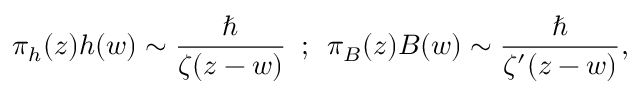
\pi _ { h } ( z ) h ( w ) \sim { \frac { \hbar } { \zeta ( z - w ) } } \, \, \, ; \, \, \, \pi _ { B } ( z ) B ( w ) \sim { \frac { \hbar } { \zeta ^ { \prime } ( z - w ) } } ,